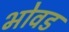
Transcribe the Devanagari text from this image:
भोवड